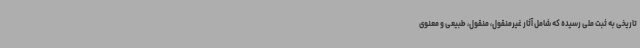
تاریخی به ثبت ملی رسیده که شامل آثار غیرمنقول، منقول، طبیعی و معنوی